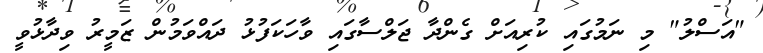
"އަސްލު" މި ނަމުގައި ކުރިއަށް ގެންދާ ޖަލްސާގައި ވާހަކަފުޅު ދައްވަމުން ޒަމީރު ވިދާޅުވީ